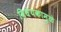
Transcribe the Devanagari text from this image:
विधेयकामुळे